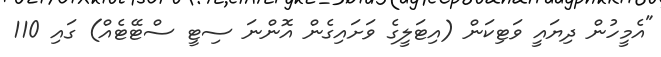
"އެމީހުން ދިޔައީ ވަޓިކަން (އިޓަލީގެ ވަށައިގެން އޮންނަ ސިޓީ ސްޓޭޓެއް) ގައި 110